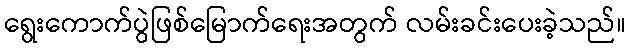
ရွေးကောက်ပွဲဖြစ်မြောက်ရေးအတွက် လမ်းခင်းပေးခဲ့သည်။